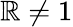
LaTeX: \mathbb{R}\neq1